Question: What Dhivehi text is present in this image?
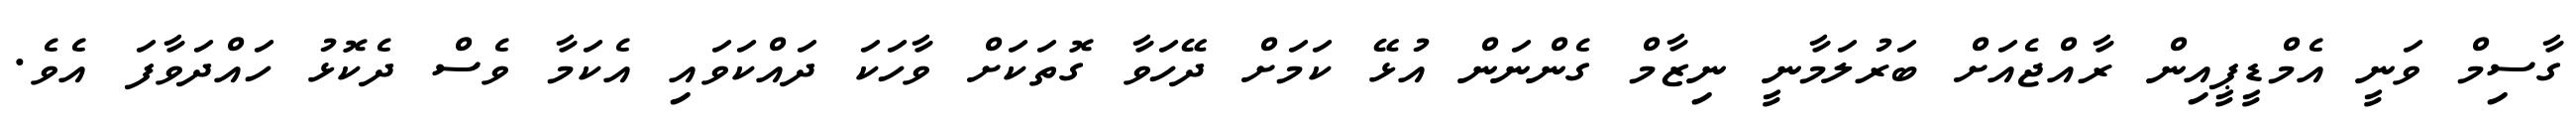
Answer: ގާސިމް ވަނީ އެމްޑީޕީއިން ރާއްޖެއަށް ބަރުލަމާނީ ނިޒާމް ގެންނަން އުޅޭ ކަމަށް ދޭހަވާ ގޮތަކަށް ވާހަކަ ދައްކަވައި އެކަމާ ވެސް ދެކޮޅު ހައްދަވާފަ އެވެ.